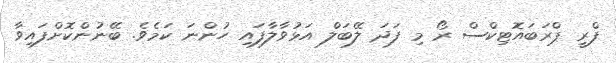
ފްރީ ޕްރަބައޮޓިކްސް ރޯ މި ފަދަ ލޭބަލް އަޅުވާލާފައި ހުންނަ ކަމެވެ. ބޭނުންކޮށްފައިވާ